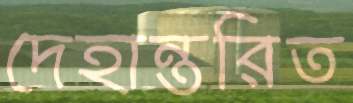
দেহান্তরিত